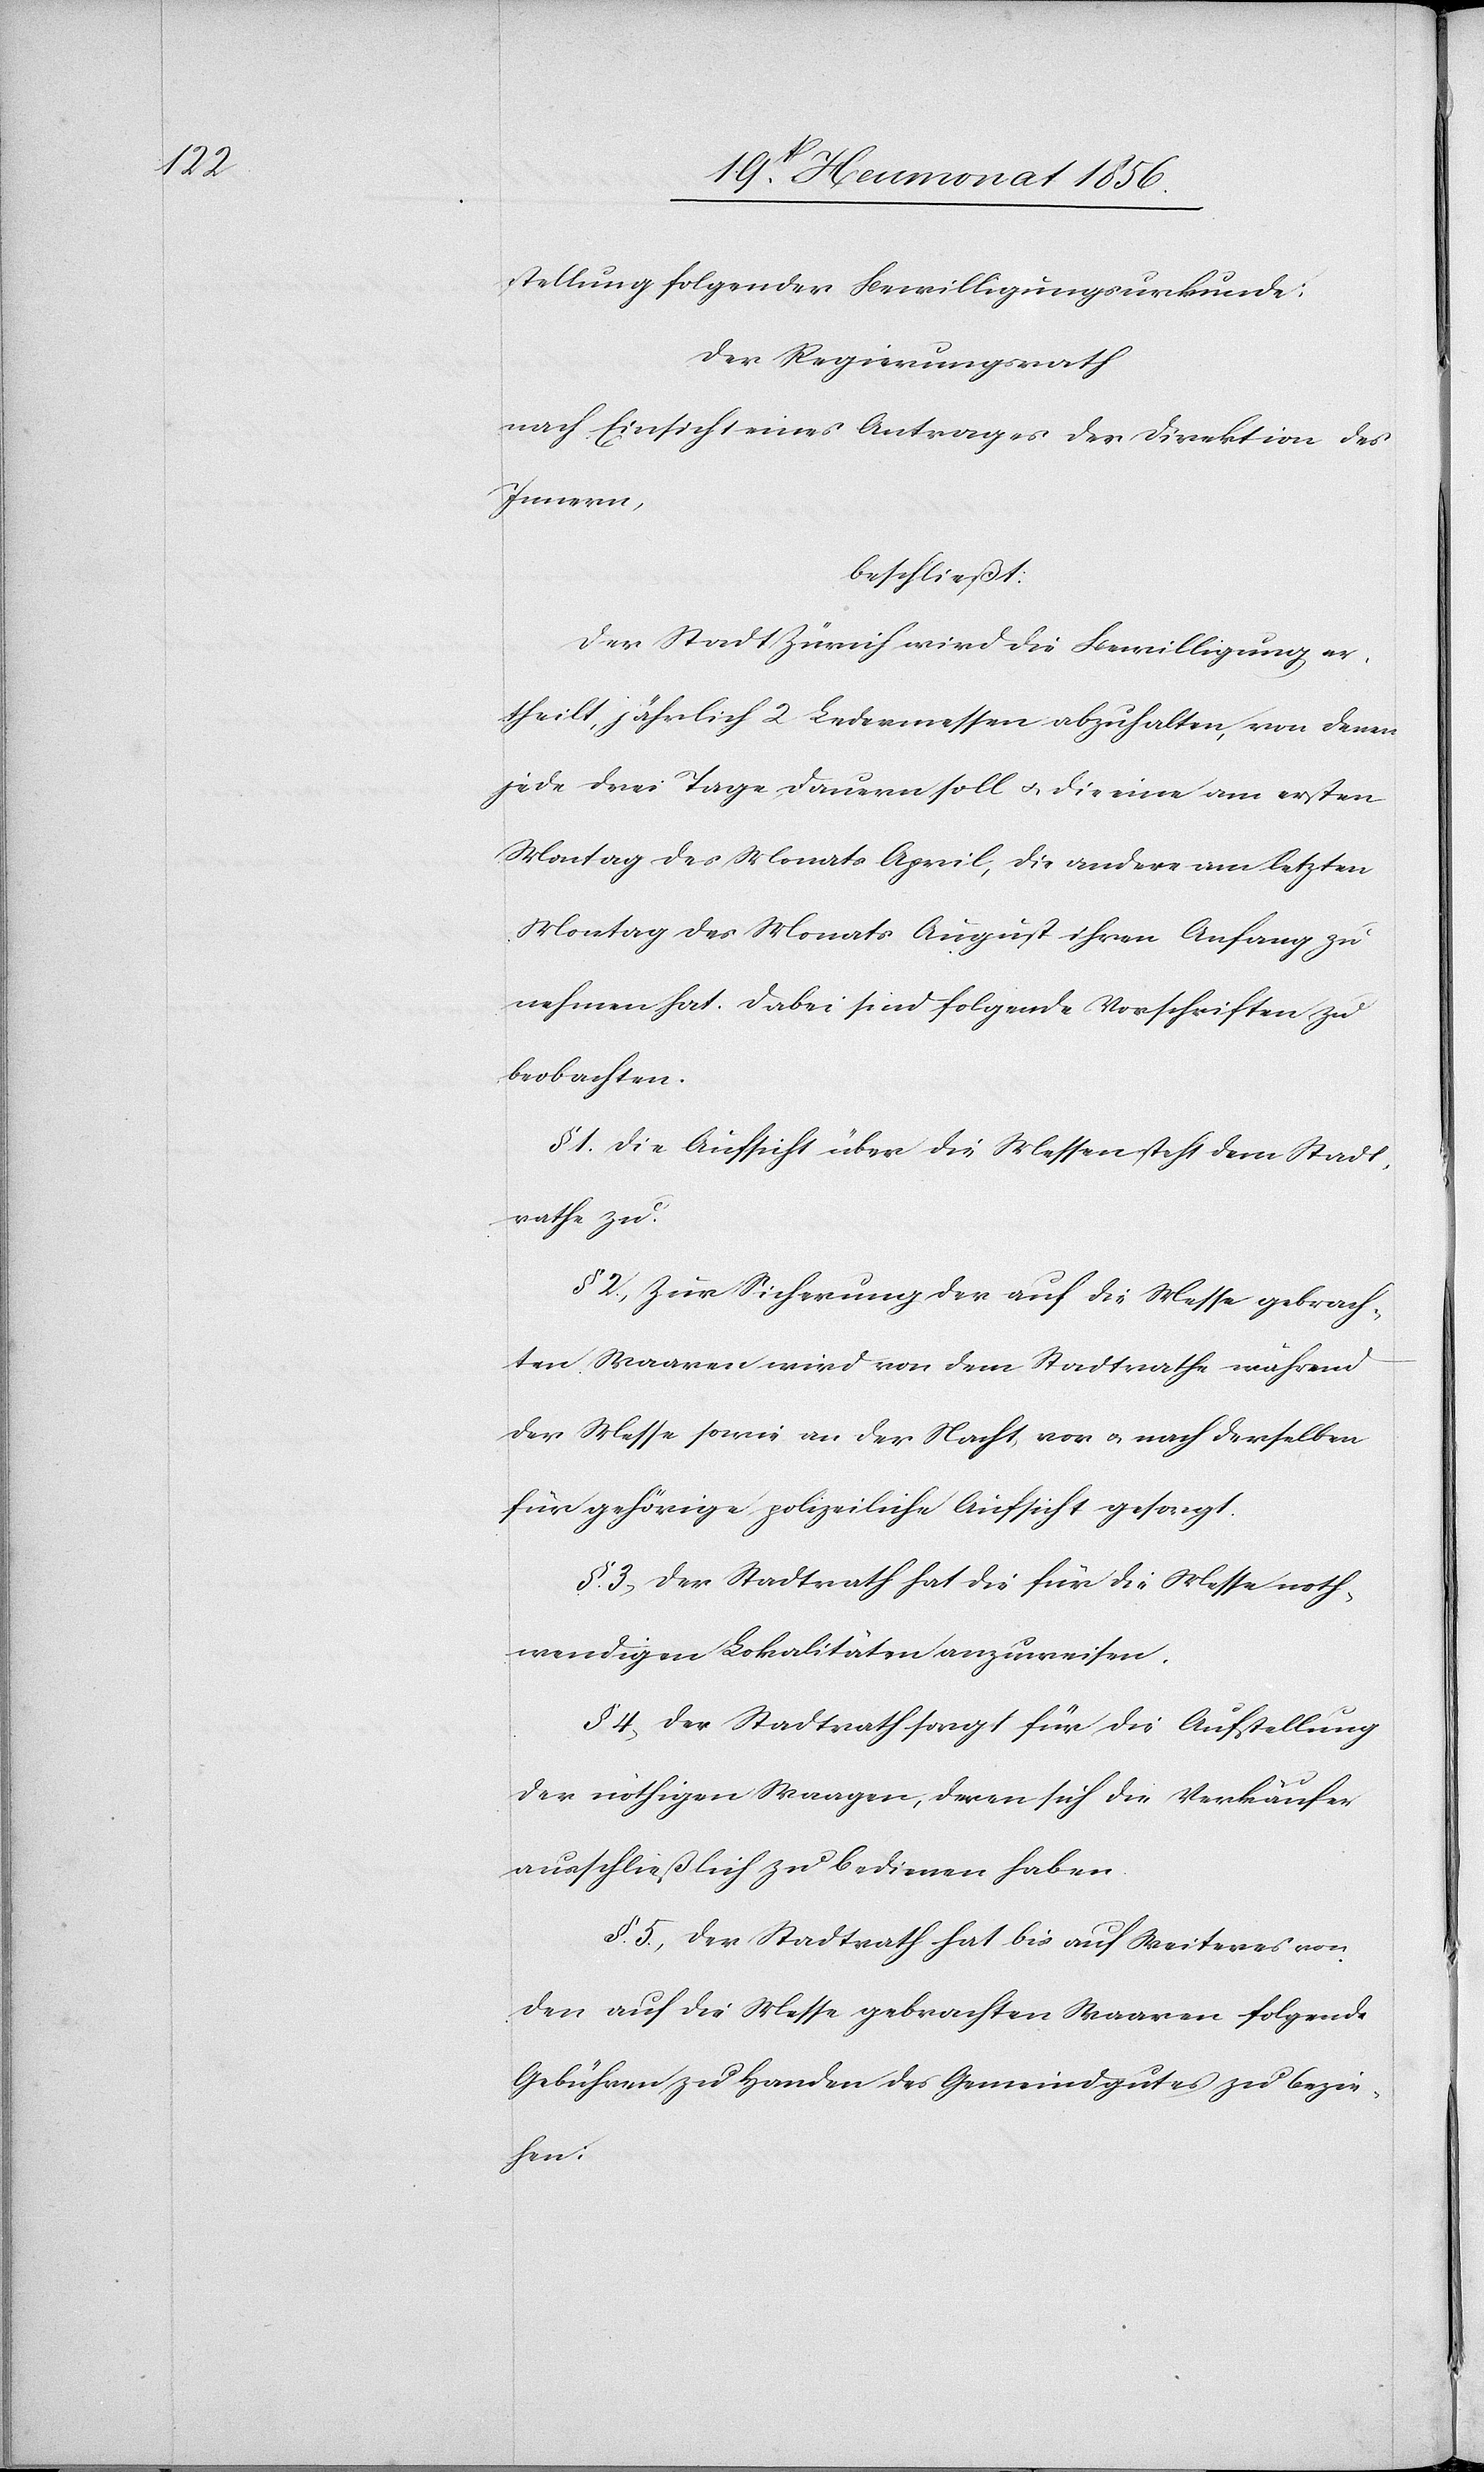
stellung folgender Bewilligungsurkunde:
Der Regierungsrath
nach Einsicht eines Antrages der Direktion des
Innern,
beschließt:
Der Stadt Zürich wird die Bewilligung er¬
theilt, jährlich 2 Ledermessen abzuhalten, von denen
jede drei Tage dauern soll u. die eine am ersten
Montag des Monats April, die andere am letzten
Montag des Monats August ihren Anfang zu
nehmen hat. Dabei sind folgende Vorschriften zu
beobachten.
§ 1.) Die Aufsicht über die Messen steht dem Stadt¬
rathe zu.
§ 2.) Zur Sicherung der auf die Messe gebrach¬
ten Waaren wird von dem Stadtrathe während
der Messe sowie an der Nacht, vor und nach derselben
für gehörige polizeiliche Aufsicht gesorgt.
§ 3.) Der Stadtrath hat die für die Messe noth¬
wendigen Lokalitäten anzuweisen.
§ 4.) Der Stadtrath sorgt für die Aufstellung
der nöthigen Waagen, deren sich die Verkäufer
ausschließlich zu bedienen haben.
§ 5.) Der Stadtrath hat bis auf Weiteres von
den auf die Messe gebrachten Waaren folgende
Gebühren zu Handen des Gemeindgutes zu bezie¬
hen: